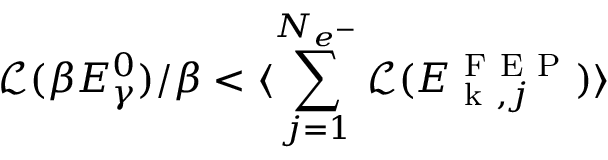
\mathcal { L } ( \beta E _ { \gamma } ^ { 0 } ) / \beta < \langle \sum _ { j = 1 } ^ { N _ { e ^ { - } } } \mathcal { L } ( E _ { \mathrm { ~ k ~ } , j } ^ { \mathrm { ~ F ~ E ~ P ~ } } ) \rangle